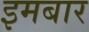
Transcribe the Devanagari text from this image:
इमबार